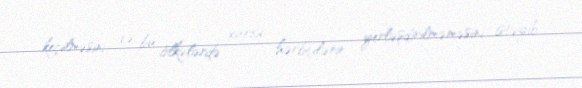
keçilməsini və bu ölkələrdə xarici hərbçilərin yerləşdirilməməsini istəyib.